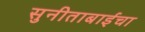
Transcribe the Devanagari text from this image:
सुनीताबाईंचा